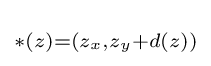
\scriptstyle *(z)=(z_{x},z_{y}+d(z))